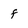
Character: f